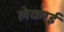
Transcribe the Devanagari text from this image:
लेकाई